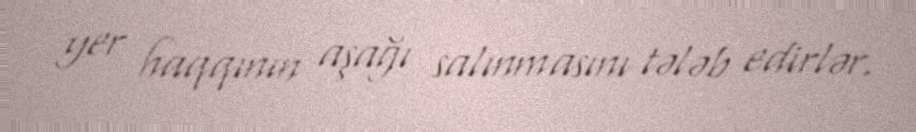
yer haqqının aşağı salınmasını tələb edirlər.